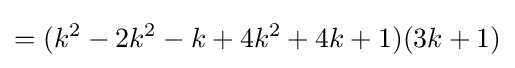
=(k^{2}-2k^{2}-k+4k^{2}+4k+1)(3k+1)